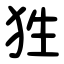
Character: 狌